Mental hospitals Bombay report 1921-28 - 1921-1928
Year: 1921
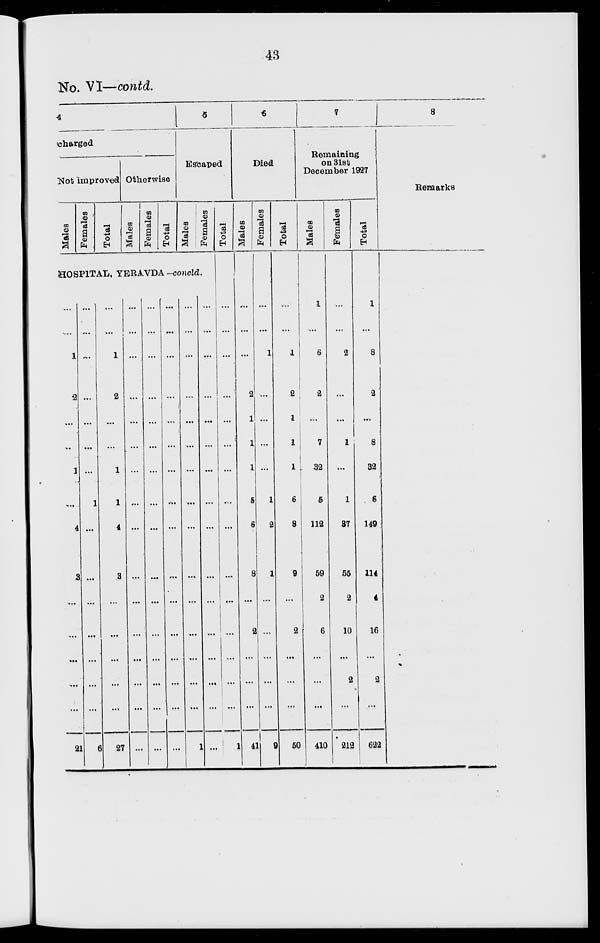
43
No. VI—contd.
4
charged
Not improved
Males
Females
Total
Otherwise
Males
Females
Total
5
Escaped
Males
Females
HOSPITAL, YERAVDA -concld.
...
...
1
2
...
...
1
...
4
3
...
...
...
...
...
21
...
...
...
...
...
...
...
1
...
...
...
...
...
...
...
6
...
...
1
2
...
...
1
1
4
3
...
...
...
...
...
27
...
...
...
...
...
...
...
...
...
...
...
...
...
...
...
...
...
...
...
...
...
...
...
...
...
...
...
...
...
...
...
...
...
...
...
...
...
...
...
...
...
...
...
...
...
...
...
...
...
...
...
...
...
...
...
...
...
...
...
...
...
...
...
1
...
...
...
...
...
...
...
...
...
...
...
...
...
...
...
...
Total
...
...
...
...
...
...
...
...
...
...
...
...
...
...
...
1
6
Died
Males
...
...
...
2
1
1
1
5
6
8
...
2
...
...
...
41
Females
...
...
1
...
...
...
...
1
2
1
...
...
...
...
...
9
Total
...
...
1
2
1
1
1
6
8
9
...
2
...
...
...
50
7
Remaining
on 31st
December 1927
Males
1
...
6
2
...
7
32
5
112
59
2
6
...
...
...
410
Females
...
...
2
...
...
1
...
1
37
55
2
10
...
2
...
212
Total
1
...
8
2
...
8
32
6
149
114
4
16
...
2
...
622
8
Remarks